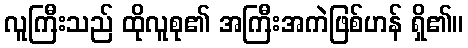
လူကြီးသည် ထိုလူစု၏ အကြီးအကဲဖြစ်ဟန် ရှိ၏။